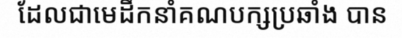
ដែលជាមេដឹកនាំគណបក្សប្រឆាំង បាន